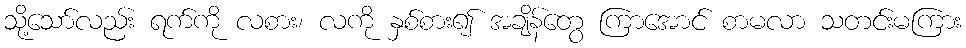
သို့သော်လည်း ရက်ကို လစား၊ လကို နှစ်စား၍ အချိန်တွေ ကြာအောင် စာမလာ သတင်းမကြား